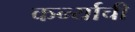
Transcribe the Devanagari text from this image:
कर्न्याची